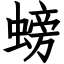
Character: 螃